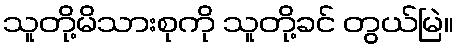
သူတို့မိသားစုကို သူတို့ခင် တွယ်မြဲ။